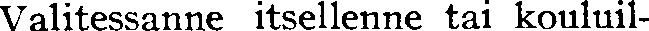
Valitessanne itsellenne tai kouluil-